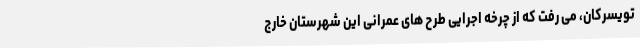
تویسرکان، می رفت که از چرخه اجرایی طرح های عمرانی این شهرستان خارج